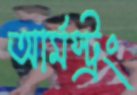
আর্মস্ট্রং